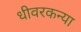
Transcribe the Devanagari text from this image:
धीवरकन्या